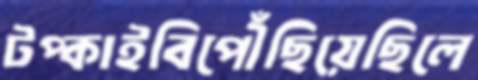
টপ্‌কাইবিপৌঁছিয়েছিলে